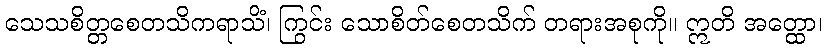
သေသစိတ္တစေတသိကရာသိံ၊ ကြွင်း သောစိတ်စေတသိက် တရားအစုကို။ ဣတိ အတ္ထော၊